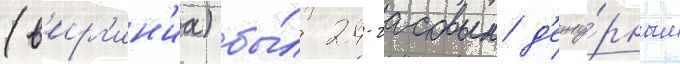
(в'ирг'ин'иа) бы́л 24-часовым д'ежу́рным